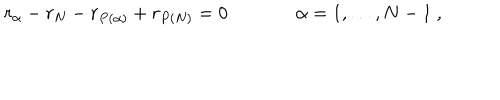
r _ { \alpha } - r _ { N } - r _ { P ( \alpha ) } + r _ { P ( N ) } = 0 \, ~ ~ \alpha = 1 , \dots , N - 1 \ ,